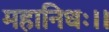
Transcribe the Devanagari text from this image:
महानिधः।।